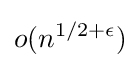
o(n^{1/2+\epsilon })